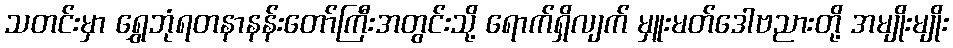
သတင်းမှာ ရွှေဘုံရတနာနန်းတော်ကြီးအတွင်းသို့ ရောက်ရှိလျက် မှူးမတ်ဒေါဗညားတို့ အမျိုးမျိုး